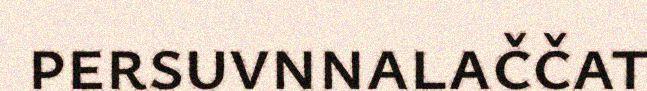
persuvnnalaččat